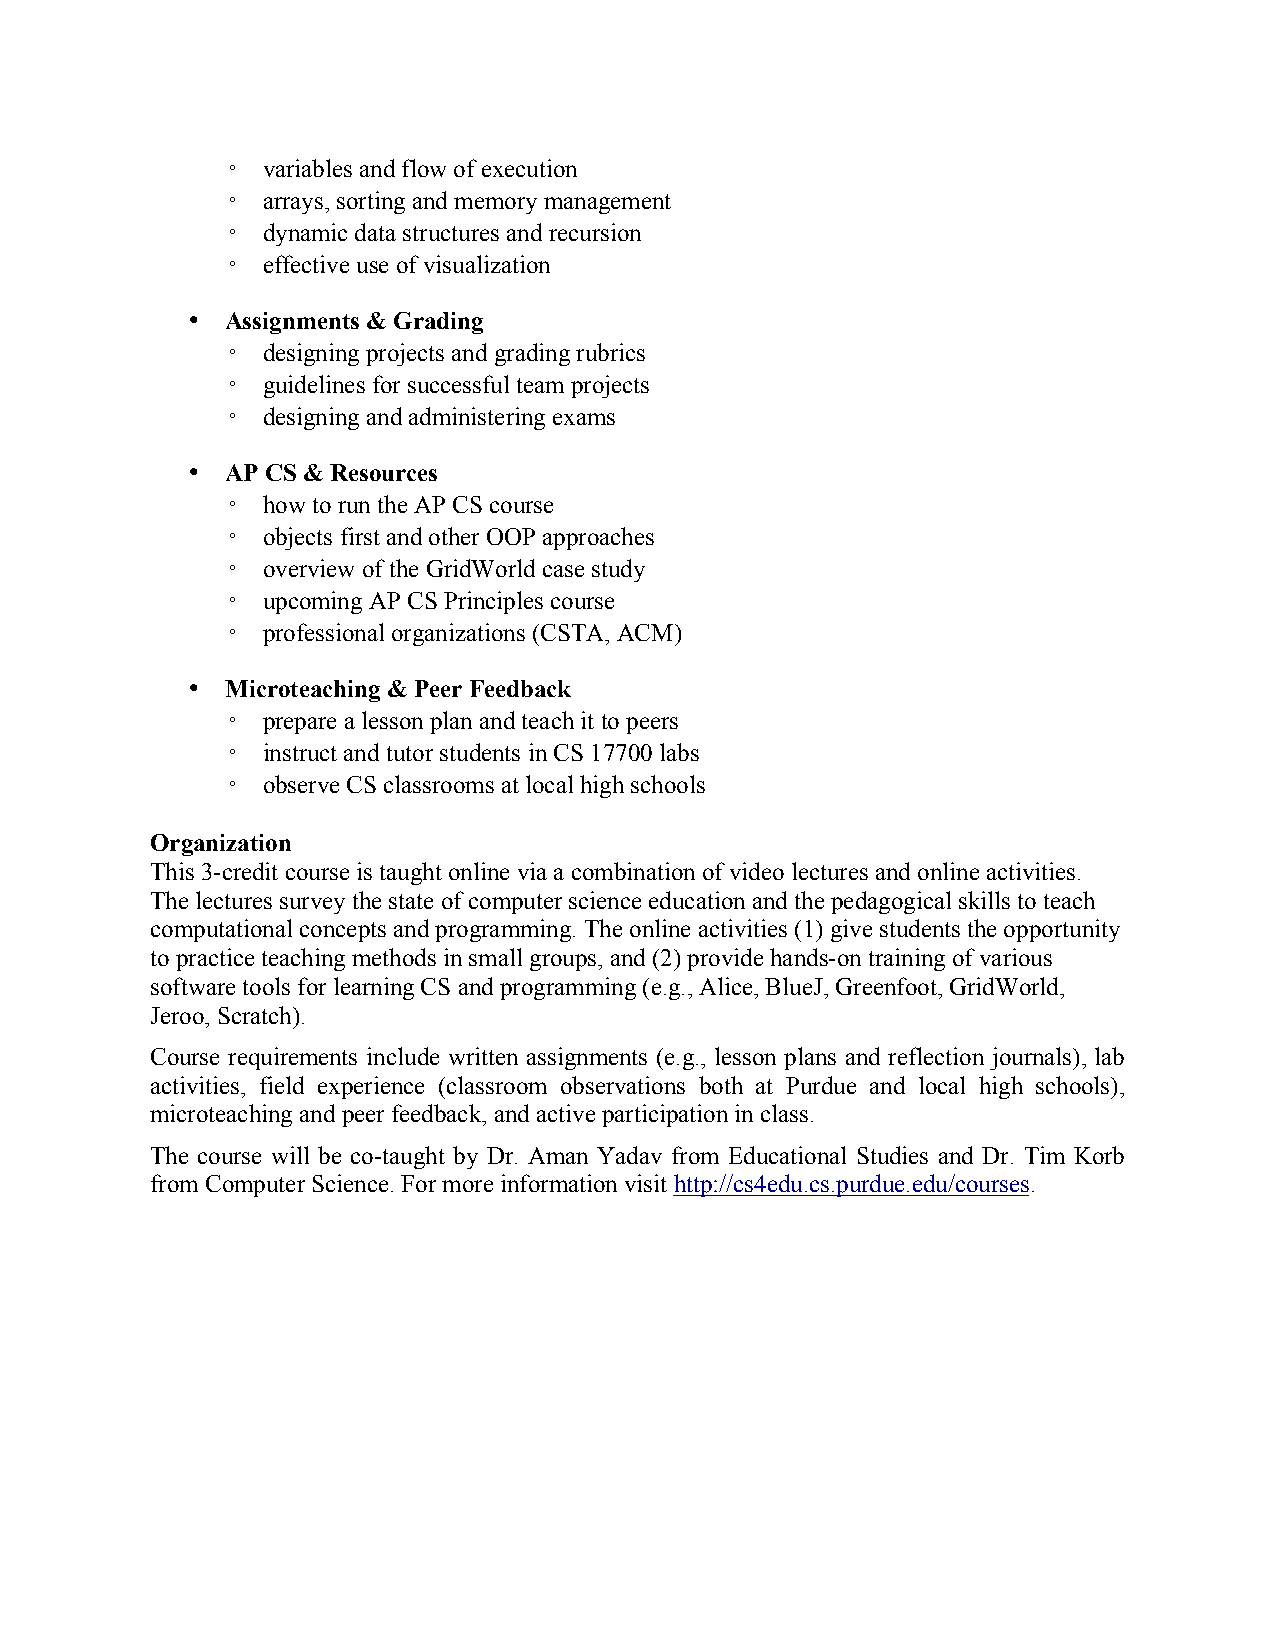
◦ variables and flow of execution
 ◦ arrays, sorting and memory management
 ◦ dynamic data structures and recursion
 ◦ effective use of visualization
 •  Assignments & Grading
 ◦ designing projects and grading rubrics
 ◦ guidelines for successful team projects
 ◦ designing and administering exams
 •  AP CS & Resources
 ◦ how to run the AP CS course
 ◦ objects first and other OOP approaches
 ◦ overview of the GridWorld case study
 ◦ upcoming AP CS Principles course
 ◦ professional organizations (CSTA, ACM)
 •  Microteaching & Peer Feedback
 ◦ prepare a lesson plan and teach it to peers
 ◦ instruct and tutor students in CS 17700 labs
 ◦ observe CS classrooms at local high schools
 Organization
 This 3-credit course is taught online via a combination of video lectures and online activities.
 The lectures survey the state of computer science education and the pedagogical skills to teach
 computational concepts and programming. The online activities (1) give students the opportunity
 to practice teaching methods in small groups, and (2) provide hands-on training of various
 software tools for learning CS and programming (e.g., Alice, BlueJ, Greenfoot, GridWorld,
 Jeroo, Scratch).
 Course requirements include written assignments (e.g., lesson plans and reflection journals), lab
 activities, field experience (classroom observations both at Purdue and local high schools),
 microteaching and peer feedback, and active participation in class.
 The course will be co-taught by Dr. Aman Yadav from Educational Studies and Dr. Tim Korb
 from Computer Science. For more information visit http://cs4edu.cs.purdue.edu/courses.